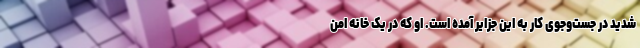
شدید در جست‌و‌جوی کار به این جزایر آمده است. او که در یک خانه امن